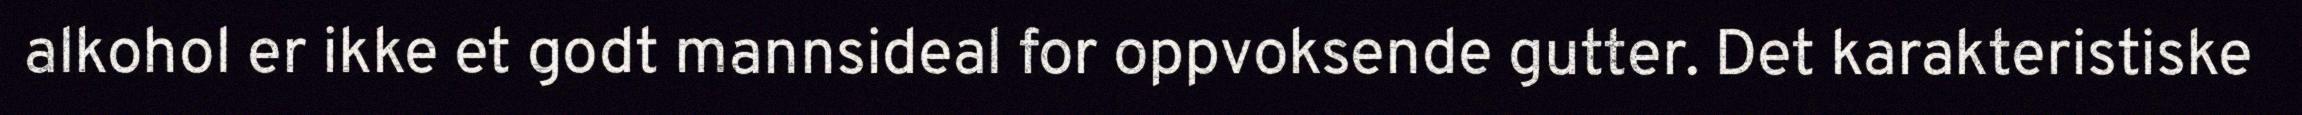
alkohol er ikke et godt mannsideal for oppvoksende gutter. Det karakteristiske